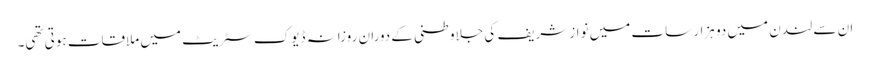
ان سے لندن میں دو ہزار سات میں نواز شریف کی جلاوطنی کے دوران روزانہ ڈیوک سٹریٹ میں ملاقات ہوتی تھی۔